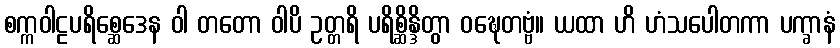
စက္ကဝါဠပရိစ္ဆေဒေန ဝါ တတော ဝါပိ ဥတ္တရိ ပရိစ္ဆိန္ဒိတွာ ဝဍ္ဎေတဗ္ဗံ။ ယထာ ဟိ ဟံသပေါတကာ ပက္ခာနံ